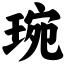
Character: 琬